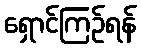
ရှောင်ကြဉ်ရန်